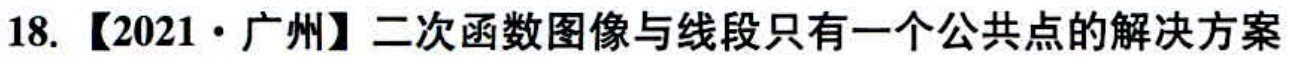
18. 【2021·广州】二次函数图像与线段只有一个公共点的解决方案